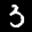
Label: 3